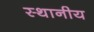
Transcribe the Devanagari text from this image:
स्थानीय